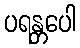
ပရန္တပေါ